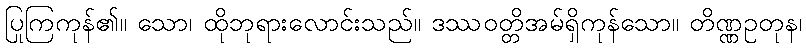
ပြုကြကုန်၏။ သော၊ ထိုဘုရားလောင်းသည်။ ဒဿဝတ္တိအမ်ရှိကုန်သော။ တိဏ္ဏဥတုန၊